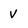
Character: V